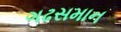
ગઢસમાન